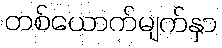
တစ်ယောက်မျက်နှာ